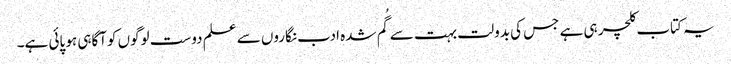
یہ کتاب کلچر ہی ہے جس کی بدولت بہت سے گُم شدہ ادب نگاروں سے علم دوست لوگوں کوآگاہی ہو پائی ہے۔